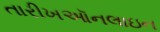
તારીખઑનલાઇન